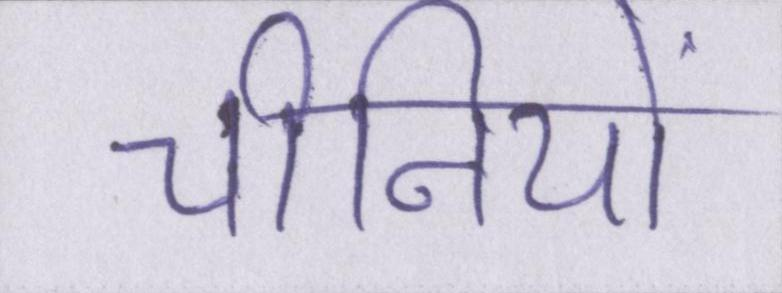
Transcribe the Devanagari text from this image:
चीनियों